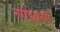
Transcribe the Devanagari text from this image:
नाड़िकाएँ